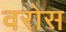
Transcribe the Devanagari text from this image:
वरोस